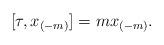
LaTeX: \begin{align*} [\tau,x_{(-m)}]=mx_{(-m)}.\end{align*}